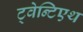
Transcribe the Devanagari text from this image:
ट्वेन्टिएथ